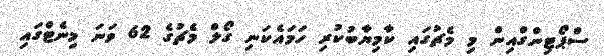
ސްޕޯޓިންގްއިން މި މެޗުގައި ކާމިޔާބުކުރި ހަމައެކަނި ގޯލް މެޗުގެ 62 ވަނަ މިނެޓްގައި